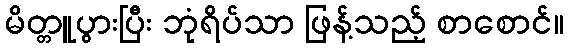
မိတ္တူပွားပြီး ဘုံရိပ်သာ ဖြန့်သည့် စာစောင်။